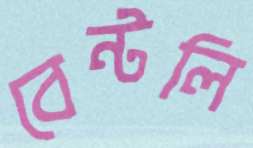
বেন্টলি